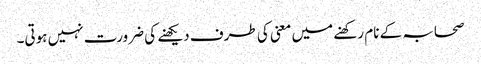
صحابہ کے نام رکھنے میں معنی کی طرف دیکھنے کی ضرورت نہیں ہوتی۔